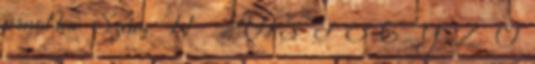
arnot.hu Szám: 11 2015 J E G Y Z Ő